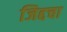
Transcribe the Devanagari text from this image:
जिद्दचा